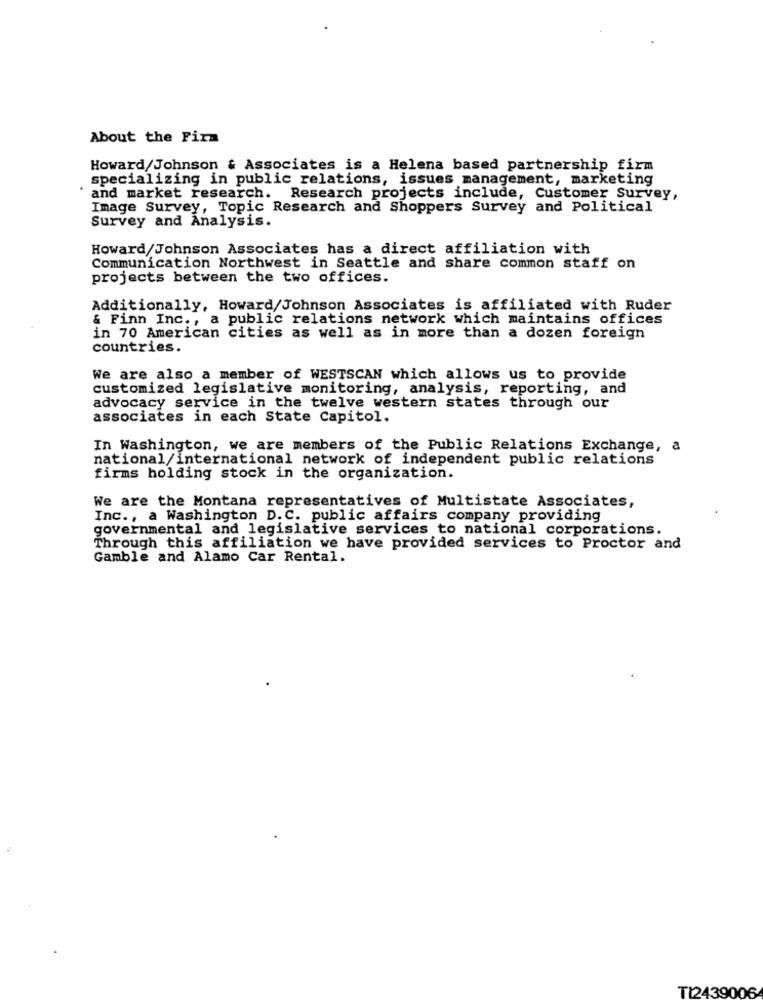
About the Firm
Howard/Johnson & Associates is a Helena based partnership firm
specializing in public relations, issues management, marketing
and market research. Research projects include, Customer Survey,
Image Survey, Topic Research and Shoppers Survey and Political
Survey and Analysis.
Howard/Johnson Associates has a direct affiliation with
Communication Northwest in Seattle and share common staff on
projects between the two offices.
Additionally, Howard/Johnson Associates is affiliated with Ruder
& Finn Inc ., a public relations network which maintains offices
in 70 American cities as well as in more than a dozen foreign
countries.
We are also a member of WESTSCAN which allows us to provide
customized legislative monitoring, analysis, reporting, and
advocacy service in the twelve western states through our
associates in each State Capitol.
In Washington, we are members of the Public Relations Exchange, a
national/international network of independent public relations
firms holding stock in the organization.
We are the Montana representatives of Multistate Associates,
Inc ., a Washington D. C. public affairs company providing
governmental and legislative services to national corporations.
Through this affiliation we have provided services to Proctor and
Gamble and Alamo Car Rental.
TI2439006